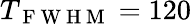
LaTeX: T_{\mathrm{~F~W~H~M~}}=120